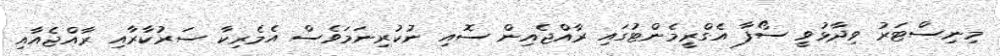
މިނިސްޓަރު ވިދާޅުވީ ސޯފާ އެގްރީމެންޓުގައި ރާއްޖެއިން ސޮއި ނުކުރިނަމަވެސް އެމެރިކާ ސަރުކާރާއި ރާއްޖެއާއި